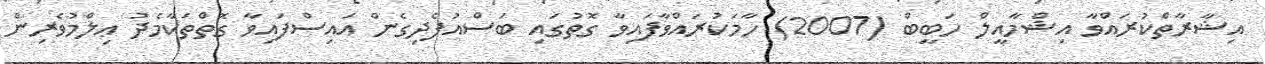
އިޝާރާތްކުރައްވާ އިޝްމާއީލް ހަބީބް (2007) ހާމަކުރައްވާފައިވާ ގޮތުގައި ބަސްއުފެދިގެން އައިސްފައިވާ ގޮތްތަކާމެދު ޢިލްމުވެރިން